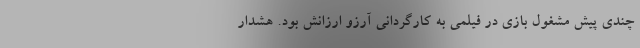
چندی پیش مشغول بازی در فیلمی به کارگردانی آرزو ارزانش بود. هشدار